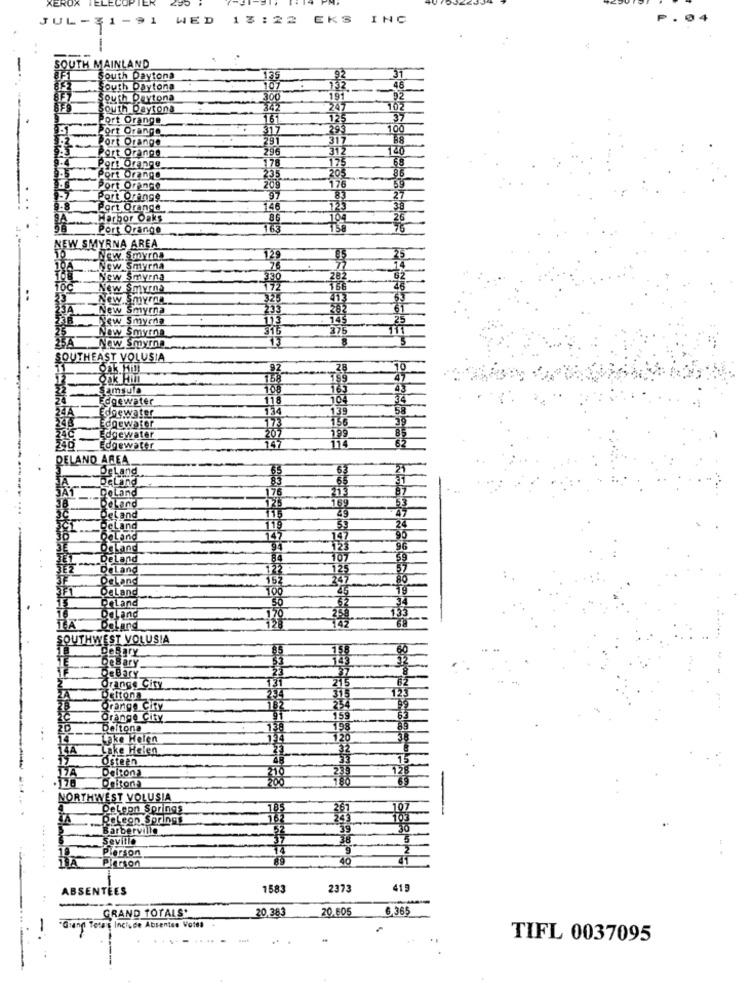
XER
JUL -
1-91
WED
13 :22 EKS INC
TH MAINLAND
South Daytona
south Daytona
South Peytona
south Daytona
Port Orange
Port Orange
Port Orange
Port Orange
Port Orange
Port Orange
Port Orange
Port Orange
Port Orange
Harbor Oaks
Port Orange
NEW SMYRNA AREA
New. Smyrna
--... New Smyrna
New Smyrna
New Smyrna
New Smyrna
New Smyrna
New Smyrna
New Smyrna
New Smyrna
SOUTHEAST VOLUSIA
Samsula
@gewater
Edgewater
Edgewater
Edgewater
DELAND AREA
DeLand
DeLand
DeLand
DeLand
Dęland
deLand
DeLand
Land
DeLand
DeLand
DeLand
DeLand
orLand
Daland
and
SOUTHWEST VOLUSIA
DeBar
DeBary.
DeBarY.
Orange City
Deltona
Orange City
Orange City
Deltona
Lake Helen
14A
Lake Helen
Osteen
Deltona
Deltona
NORTHWEST VOLUSIA
DeLeon Springs
4A
DeLeon Springs
Barberville
Seville
Plerson
.......
Pierson
ABSENTEES
-
1583
2373
415
..
GRAND TOTALS.
20,383
20,605
6,365
-
-Gang Tetas Include Absentes Votea
TIFL 0037095